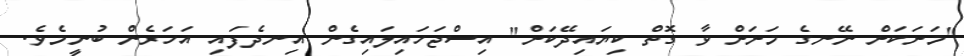
"މަށަކަށް ނޭނގެ މަށަށް ވާ ގޮތް ކިޔައިދޭކަށް" އިސްޖަހައިލައިގެން އިނދެފައި އަހަރެން ބުނީމެވެ.